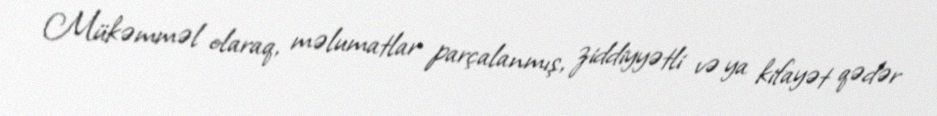
Mükəmməl olaraq, məlumatlar parçalanmış, ziddiyyətli və ya kifayət qədər